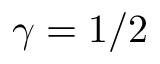
\gamma = 1 / 2